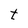
Character: t